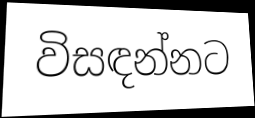
විසඳන්නට